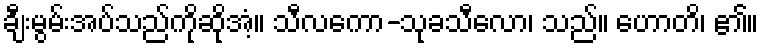
ချီးမွမ်းအပ်သည်ကိုဆိုအံ့။ သီလကော-သုခသီလော၊ သည်။ ဟောတိ၊ ၏။